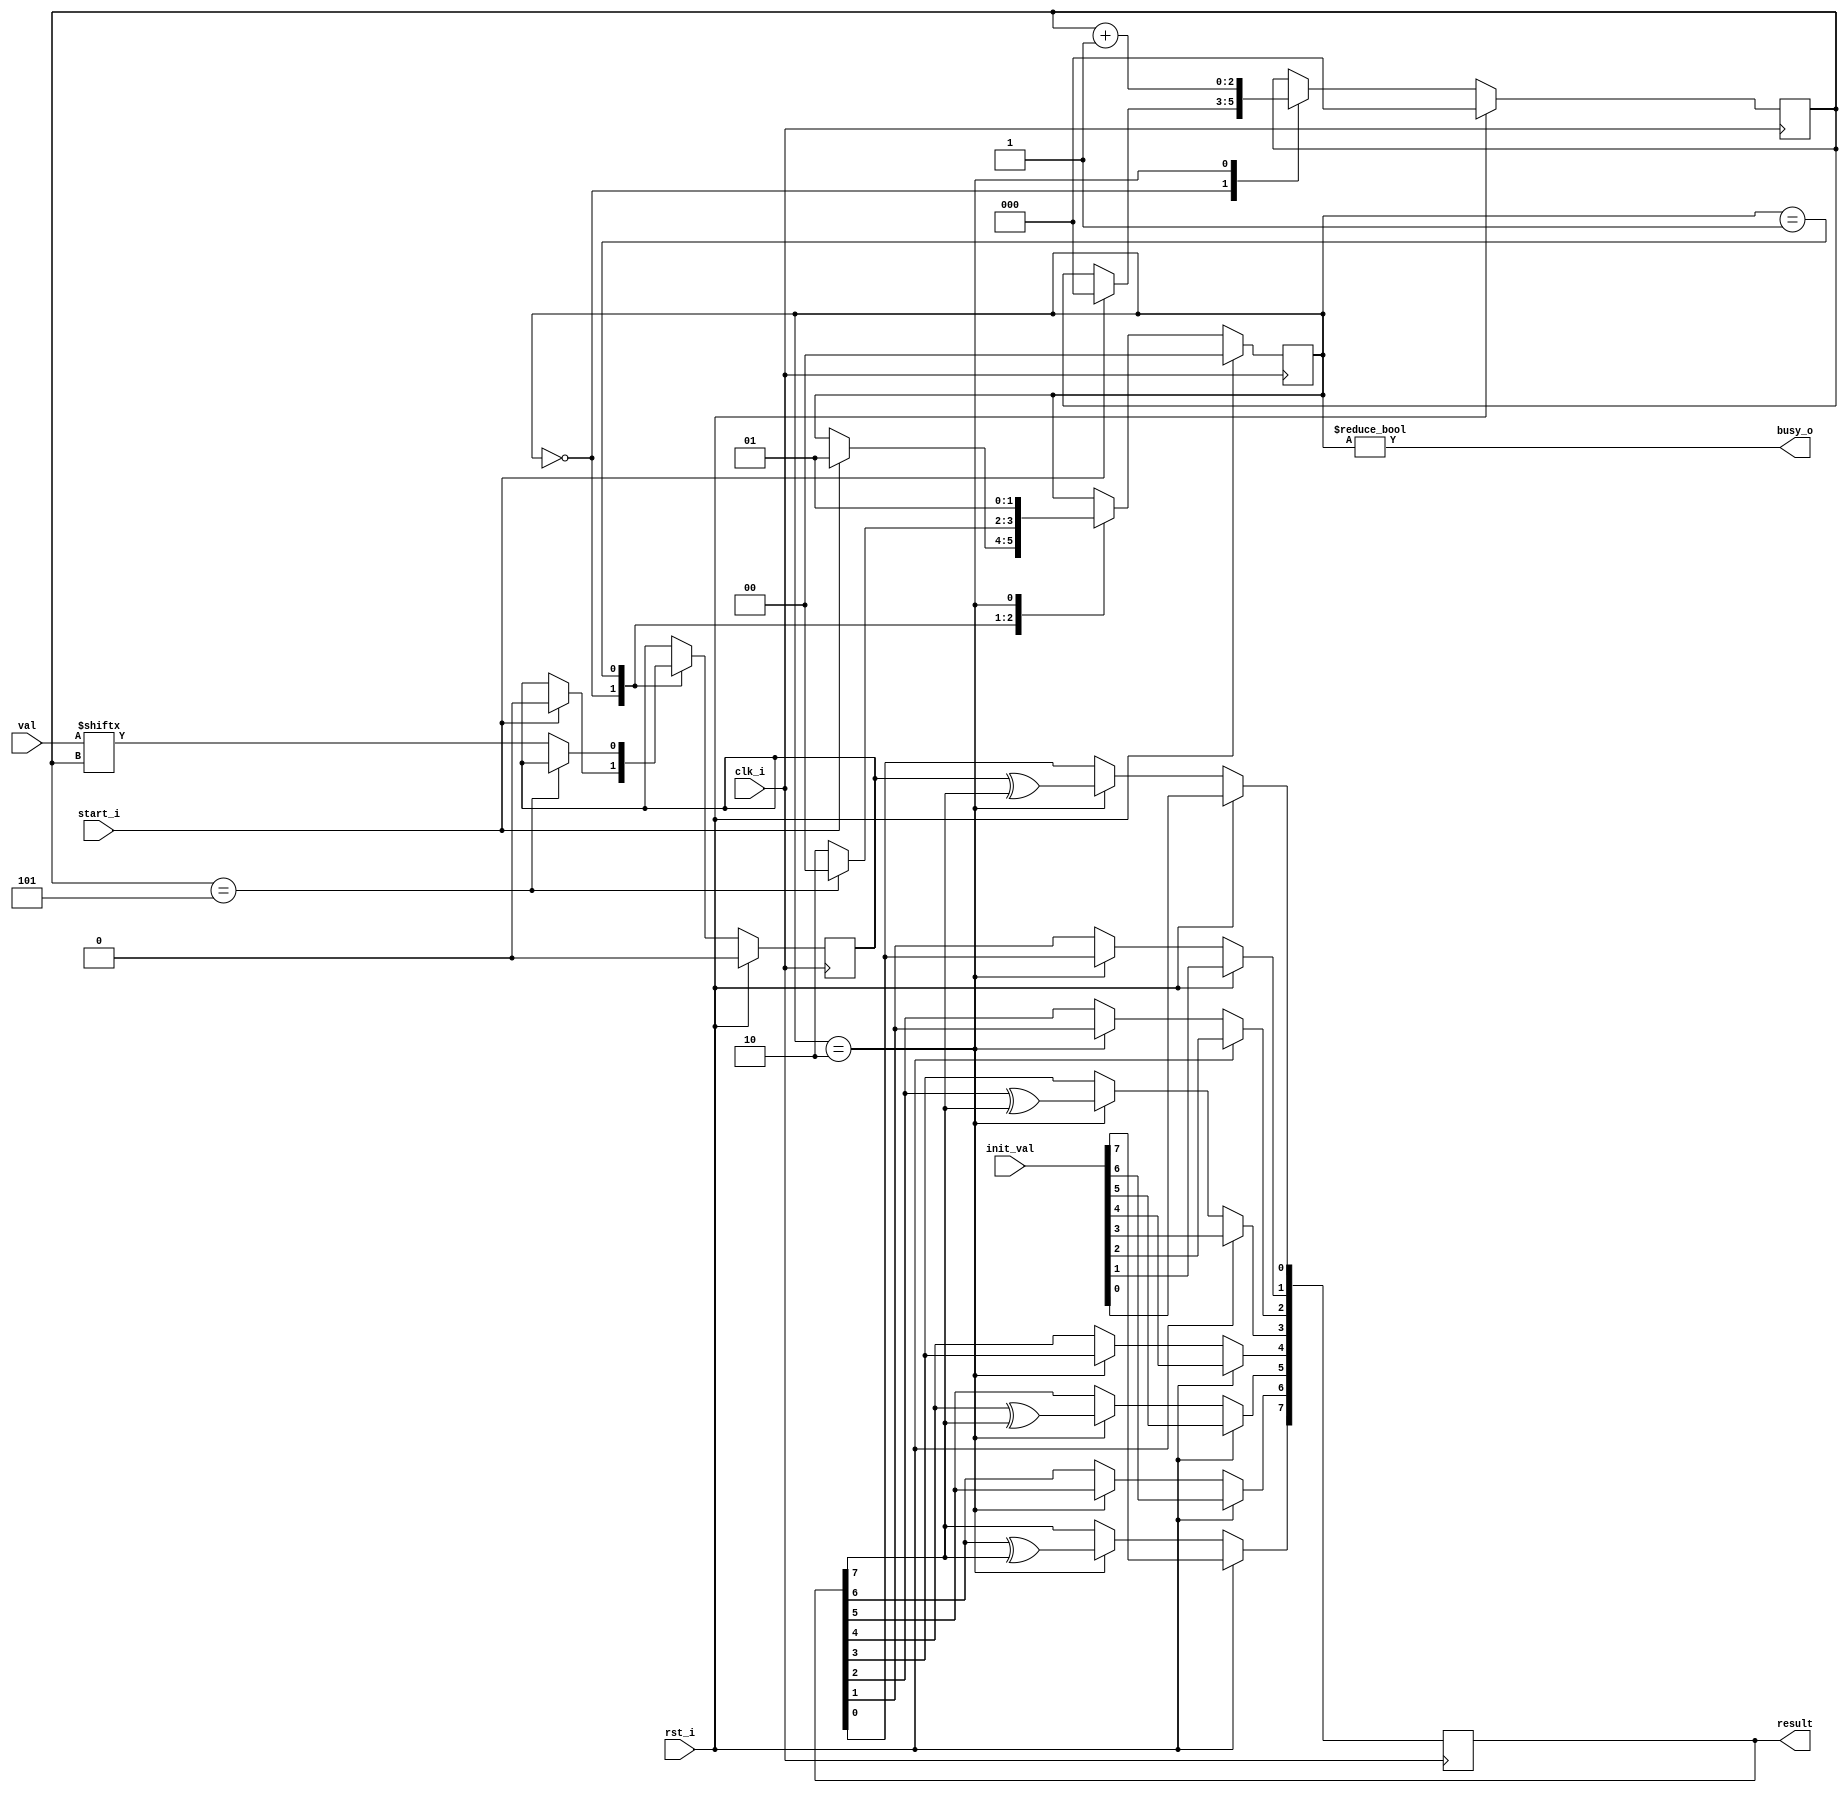
`timescale 1ns / 1ps

module crc8 (
    input wire clk_i,
    input wire rst_i,
    input wire [ 4 : 0 ] val,
    input wire [ 7 : 0 ] init_val,
    input wire start_i,
    output wire busy_o,
    output wire [ 7 : 0 ] result //   ?
);

localparam IDLE = 2'b00;
localparam TAKE_CUR_BIT = 2'b01;    
localparam CALC_CRC = 2'b10;  
reg [1:0] state;

assign busy_o = (state != IDLE);

reg [7:0] register;
assign result = register;

reg bit;
reg[2 : 0] counter;

always @(posedge clk_i) begin
    if (rst_i) begin
        register <= init_val;
        state <= IDLE;
        counter <= 0;
        bit <= 0;
    end else begin
        case (state)
                IDLE:
                    begin
                        if (start_i) begin
                            state <= TAKE_CUR_BIT;
                            bit <= 0;
                            counter <= 0;
                        end
                    end
                TAKE_CUR_BIT:
                    begin
                        if (counter == 5) begin
                            state <= IDLE;
                        end else begin
                            bit <= val[counter];
                            state <= CALC_CRC;
                        end
                    end
                CALC_CRC:
                    begin
                        register[0] <= bit ^ register[7];
                        register[1] <= register[0];
                        register[2] <= register[1];
                        register[3] <= register[2] ^ register[7];
                        register[4] <= register[3];
                        register[5] <= register[4] ^ register[7];
                        register[6] <= register[5];
                        register[7] <= register[6] ^ register[7];
                        counter <= counter + 1;
                        state <= TAKE_CUR_BIT;
                    end
        endcase
    end
end
endmodule